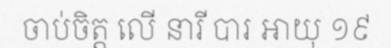
ចាប់ចិត្ត លើ នារី បារ អាយុ ១៩